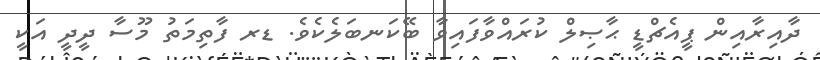
ދާއިރާއިން ޕީއެޗްޑީ ޙާޞިލް ކުރައްވާފައިވާ ބޭކަނބަލެކެވެ. ޑރ ފާތިމަތު މޫސާ ދީދީ އަކީ